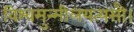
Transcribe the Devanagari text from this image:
विश्वमुन्मीलयत्यसौ।